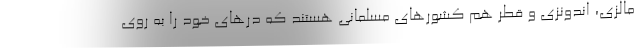
مالزی، اندونزی و قطر هم کشورهای مسلمانی هستند که درهای خود را به روی